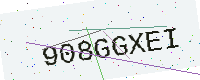
Text: 908GGXEI